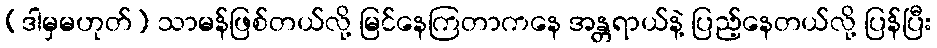
(ဒါမှမဟုတ်) သာမန်ဖြစ်တယ်လို့ မြင်နေကြတာကနေ အန္တရာယ်နဲ့ ပြည့်နေတယ်လို့ ပြန်ပြီး